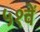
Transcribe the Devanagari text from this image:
५१वें